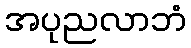
အပုညလာဘံ